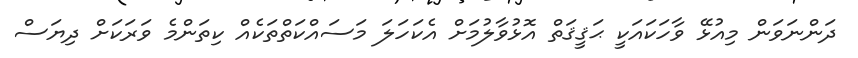
ދަންނަވަން މިއުޅޭ ވާހަކައަކީ ޙަޤީޤަތް އޮޅުވާލުމަށް އެކަހަލަ މަސައްކަތްތަކެއް ކިތަންމެ ވަރަކަށް ދިޔަސް